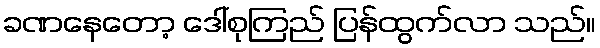
ခဏနေတော့ ဒေါ်စုကြည် ပြန်ထွက်လာ သည်။